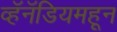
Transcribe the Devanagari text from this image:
व्हॅनॅडियमहून